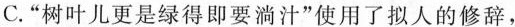
C.”树叶儿更是绿得即要淌汁”使用了拟人的修辞，